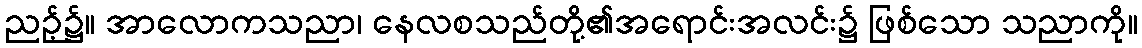
ညဉ့်၌။ အာလောကသညာ၊ နေလစသည်တို့၏အရောင်းအလင်း၌ ဖြစ်သော သညာကို။